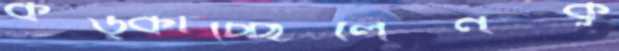
কড়্‌কাচ্ছিলেনকু